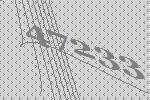
47233